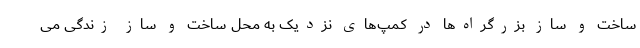
ساخت و ساز بزرگراه‌ها در کمپ‌های نزدیک به محل ساخت و ساز زندگی می